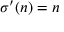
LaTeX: \sigma ^ { \prime } ( n ) = n